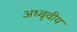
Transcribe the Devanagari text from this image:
अध्वृवीय